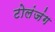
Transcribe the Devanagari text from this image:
टोलंजंग